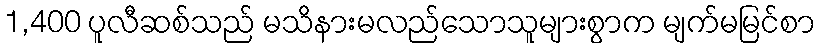
1,400 ပူလီဆစ်သည် မသိနားမလည်သောသူများစွာက မျက်မမြင်စာ